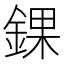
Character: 錁